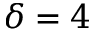
\delta = 4